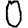
Digit: 0